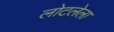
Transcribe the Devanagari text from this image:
लोटलेला